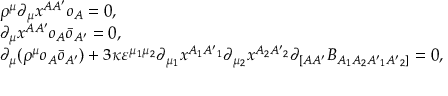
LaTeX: \begin{array} { l } { { \rho ^ { \mu } \partial _ { \mu } x ^ { A A ^ { \prime } } o _ { A } = 0 , } } \\ { { \partial _ { \mu } x ^ { A A ^ { \prime } } o _ { A } \bar { o } _ { A ^ { \prime } } = 0 , } } \\ { { \partial _ { \mu } ( \rho ^ { \mu } o _ { A } \bar { o } _ { A ^ { \prime } } ) + 3 \kappa \varepsilon ^ { \mu _ { 1 } \mu _ { 2 } } \partial _ { \mu _ { 1 } } x ^ { A _ { 1 } { A ^ { \prime } } _ { 1 } } \partial _ { \mu _ { 2 } } x ^ { A _ { 2 } { A ^ { \prime } } _ { 2 } } \partial _ { [ A A ^ { \prime } } B _ { A _ { 1 } A _ { 2 } { A ^ { \prime } } _ { 1 } { A ^ { \prime } } _ { 2 } ] } = 0 , } } \end{array}